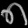
Digit: ၈